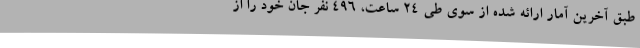
طبق آخرین آمار ارائه شده از سوی طی 24 ساعت، 496 نفر جان خود را از